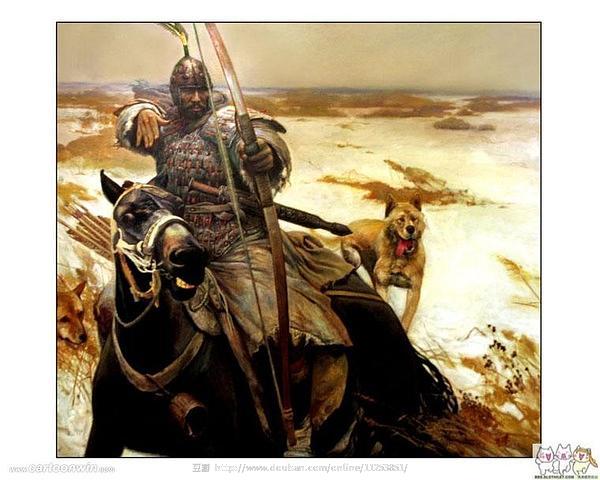
将军金甲夜不脱，半夜军行戈相拨，风头如刀面如割。